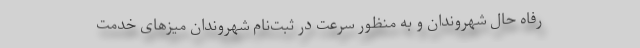
رفاه حال شهروندان و به منظور سرعت در ثبت‌نام شهروندان میزهای خدمت